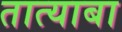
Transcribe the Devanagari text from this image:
तात्याबा